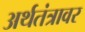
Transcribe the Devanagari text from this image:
अर्थतंत्रावर